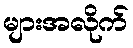
များအလိုက်